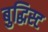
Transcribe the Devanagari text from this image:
बुद्धिस्ट